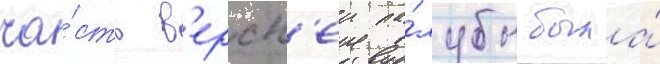
ча́сть в'ерхн'еи па́лубы была́